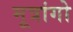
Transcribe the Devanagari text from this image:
मूत्रांगो